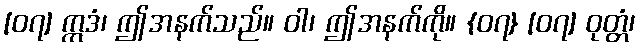
[၀၇] ဣဒံ၊ ဤအနက်သည်။ ဝါ၊ ဤအနက်ကို။ {၀၇} [၀၇] ဝုတ္တံ၊